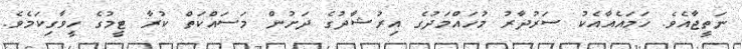
ނަތީޖާއެވެ. ހަމައެއާއެކު ސަރުދާރު މުހައްމަދުގެ އިރުޝާދުގެ ދަށުން މަސައްކަތް ކުރާ ޓީމުގެ ހީވާގިކަމެވެ.